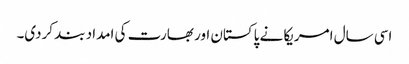
اسی سال امریکا نے پاکستان اور بھارت کی امداد بند کردی۔